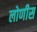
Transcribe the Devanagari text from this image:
लोणीस